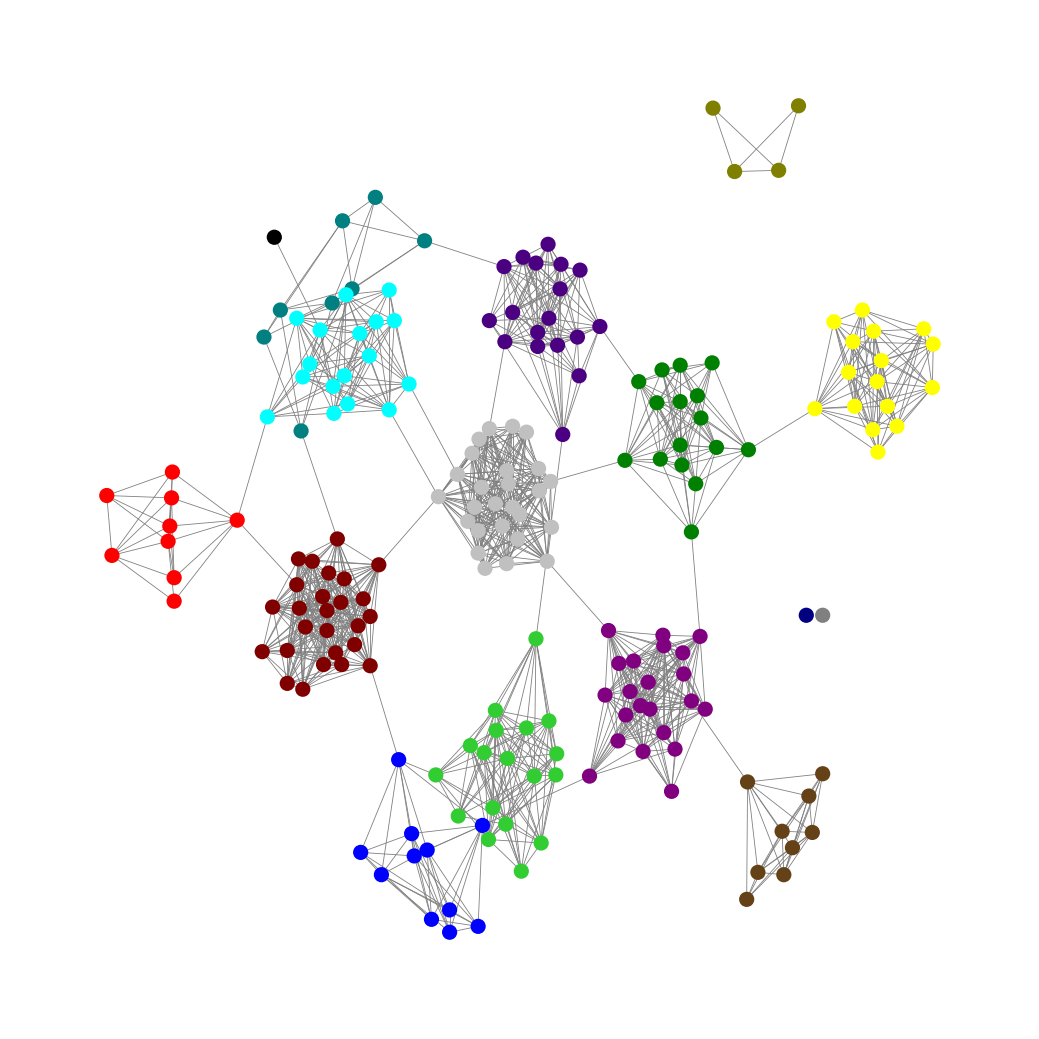
Graph connected: No
Number of connected components: 4
Number of singletons: 2
Total number of nodes: 203
Total number of edges: 1244
Number of communities: 16
Community sizes:
Aqua: 17
Black: 1
Blue: 11
Gray: 1
Green: 16
Indigo: 18
Lime Green: 18
Maroon: 26
Navy: 1
Olive: 4
Pullman Brown: 9
Purple: 22
Red: 9
Silver: 26
Teal: 8
Yellow: 16
Graph layout: tda
Graph generation method: erdos_renyi